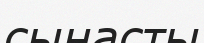
сынасты